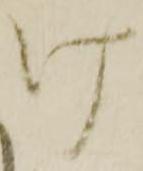
け